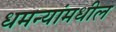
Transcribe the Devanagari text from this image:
धमन्यांमधील